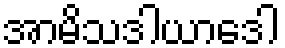
အာမိသဒါယာဒေါ